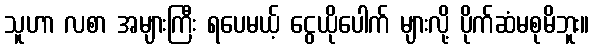
သူဟာ လစာ အများကြီး ရပေမယ့် ငွေယိုပေါက် များလို့ ပိုက်ဆံမစုမိဘူး။